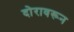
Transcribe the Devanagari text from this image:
दोरावरून